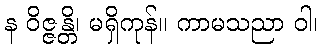
န ဝိဇ္ဇန္တိ၊ မရှိကုန်။ ကာမသညာ ဝါ၊